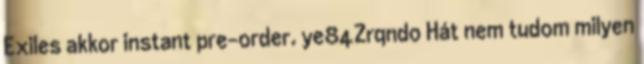
Exiles akkor instant pre-order. ye84Zrqndo Hát nem tudom milyen